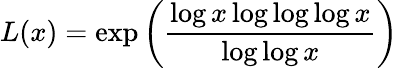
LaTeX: L(x)=\exp{\left({\frac{\log x\log\log\log x}{\log\log x}}\right)}